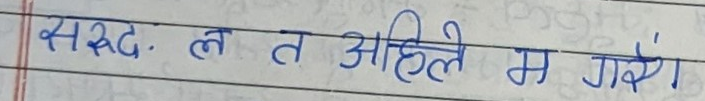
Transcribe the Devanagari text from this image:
स रुद. ल त अहिले म गरेँ।